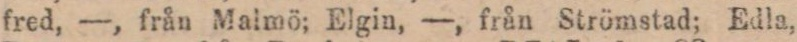
fred, —, från Malmö; Elgin, —, från Strömstad; Edla,